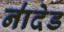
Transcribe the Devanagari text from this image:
ना॑देड